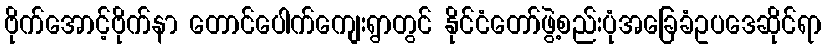
ဗိုက်အောင့်ဗိုက်နာ တောင်ပေါက်ကျေးရွာတွင် နိုင်ငံတော်ဖွဲ့စည်းပုံအခြေခံဥပဒေဆိုင်ရာ